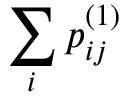
\sum _ { i } p _ { i j } ^ { ( 1 ) }